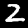
Digit: 2